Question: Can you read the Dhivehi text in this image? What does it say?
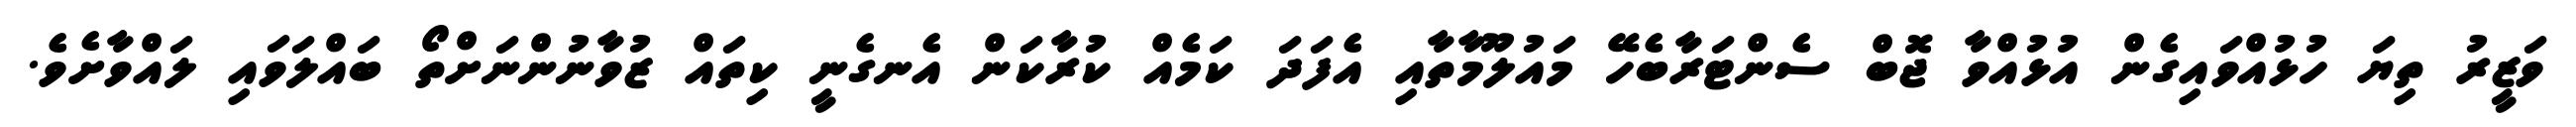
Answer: ވަޒީރު ތިޔަ ހުޅުއްވައިގެން އުޅުއްވާ ޖޮބް ސެންޓަރާބެހޭ މައުލޫމާތާއި އެފަދަ ކަމެއް ކުރާކަން އެނގެނީ ކިތައް ޒުވާނުންނަށްތޯ ބައްލަވައި ލައްވާށެވެ.